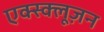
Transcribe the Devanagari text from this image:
एक्स्क्लूज़न